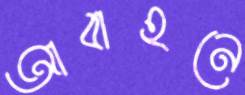
আবাহনে